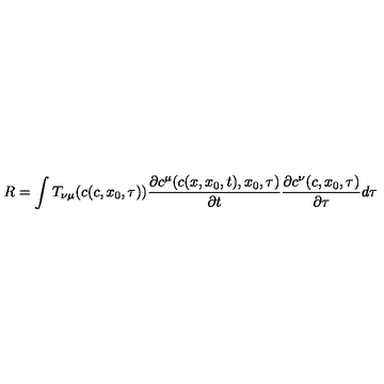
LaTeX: R = \int T _ { \nu \mu } ( c ( c , x _ { 0 } , \tau ) ) \frac { \partial c ^ { \mu } ( c ( x , x _ { 0 } , t ) , x _ { 0 } , \tau ) } { \partial t } \frac { \partial c ^ { \nu } ( c , x _ { 0 } , \tau ) } { \partial \tau } d \tau